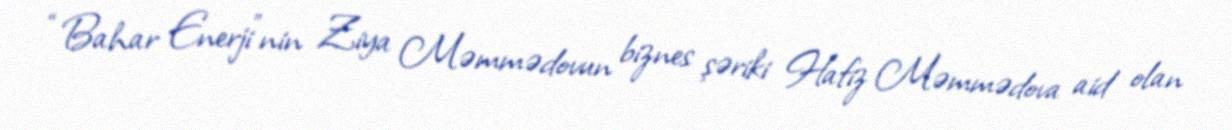
“Bahar Enerji”nin Ziya Məmmədovun biznes şəriki Hafiz Məmmədova aid olan